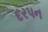
દરપન